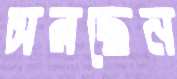
সরছেন